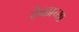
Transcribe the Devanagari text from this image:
देव्ळाच्या